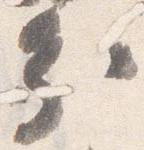
分